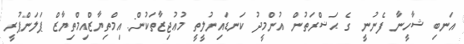
އަނބި ޝާހީނާ ފެނުނީ ގެ ޙަޟްރަތުން އުންމީދު ކަނޑައިނުލީތީ މުޢުޖިޒާތަކުން: އިމްތިޔާޒްއިމްތިޔާޒް ޕަލަންޕުރީ